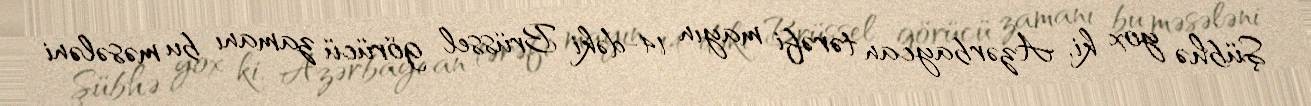
Şübhə yox ki, Azərbaycan tərəfi mayın 14-dəki Brüssel görücü zamanı bu məsələni